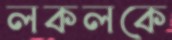
লকলকে